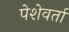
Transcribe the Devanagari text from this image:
पेशेवर्ता